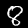
Label: 8